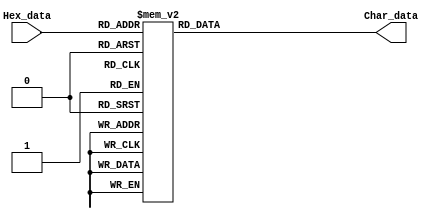
module HextoAsc(
	input [3:0] Hex_data,
	output [7:0] Char_data
	);

reg [7:0] Char_data_r;
always@(Hex_data)
begin
	case(Hex_data)
	4'h0:Char_data_r<=8'd48;
	4'h1:Char_data_r<=8'd49;
	4'h2:Char_data_r<=8'd50;
	4'h3:Char_data_r<=8'd51;
	4'h4:Char_data_r<=8'd52;
	4'h5:Char_data_r<=8'd53;
	4'h6:Char_data_r<=8'd54;
	4'h7:Char_data_r<=8'd55;
	4'h8:Char_data_r<=8'd56;
	4'h9:Char_data_r<=8'd57;
	4'ha:Char_data_r<=8'd97;
	4'hb:Char_data_r<=8'd98;
	4'hc:Char_data_r<=8'd99;
	4'hd:Char_data_r<=8'd100;
	4'he:Char_data_r<=8'd101;
	4'hf:Char_data_r<=8'd102;
	endcase
end

assign Char_data=Char_data_r;

endmodule